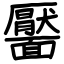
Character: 靨